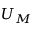
U _ { M }